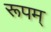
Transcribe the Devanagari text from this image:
रूपम्‌